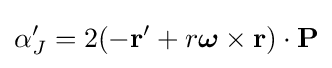
\alpha '_{J}=2(-\mathbf {r'} +r{\boldsymbol {\omega }}\times \mathbf {r} )\cdot \mathbf {P}